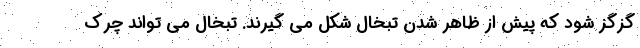
گزگز شود که پیش از ظاهر شدن تبخال شکل می گیرند. تبخال می تواند چرک